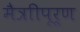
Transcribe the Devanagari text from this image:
मैत्राीपूर्ण